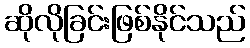
ဆိုလိုခြင်းဖြစ်နိုင်သည်